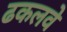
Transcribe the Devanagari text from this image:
ढकलवे